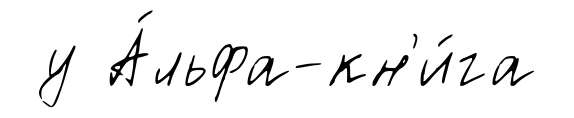
у А́льфа-кн'и́га